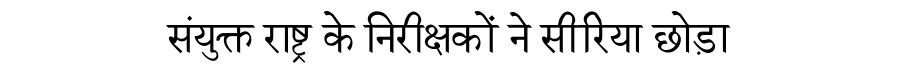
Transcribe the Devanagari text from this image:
संयुक्त राष्ट्र के निरीक्षकों ने सीरिया छोड़ा